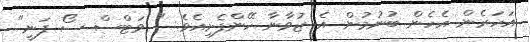
އަހަރެން އެހެން ބުނުމުން އެ ޒުވާނާ ހޭންފެށިއެވެ. " ވަޓްސް ސޯ ފަނީ"